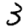
Digit: 3